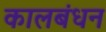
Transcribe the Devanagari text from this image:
कालबंधन